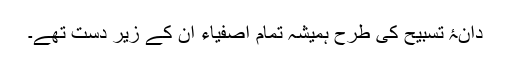
دانۂ تسبیح کی طرح ہمیشہ تمام اصفیاء اُن کے زیرِ دست تھے۔